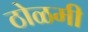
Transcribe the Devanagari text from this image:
ठोळमी